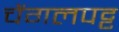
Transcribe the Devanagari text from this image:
चेंगलपट्ट